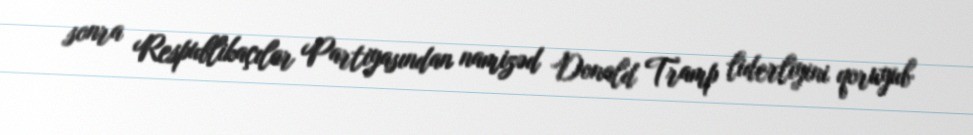
sonra Respublikaçılar Partiyasından namizəd Donald Tramp liderliyini qoruyub